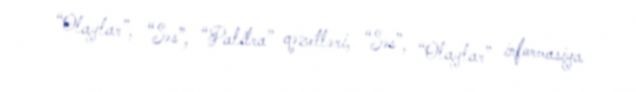
“Olaylar”, “Səs”, “Palitra” qəzetləri, “Səs”, “Olaylar” informasiya